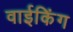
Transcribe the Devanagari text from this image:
वाईकिंग